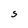
Character: s